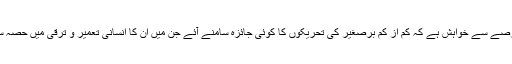
میرے دل میں عرصے سے خواہش ہے کہ کم از کم برصغیر کی تحریکوں کا کوئی جائزہ سامنے آئے جن میں ان کا انسانی تعمیر و ترقی میں حصہ سامنے لایا جائے۔